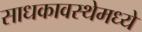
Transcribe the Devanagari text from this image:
साधकावस्थेमध्ये